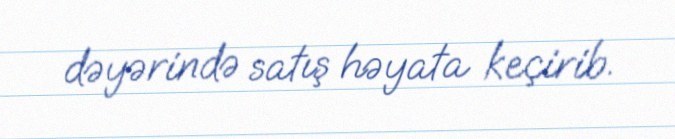
dəyərində satış həyata keçirib.